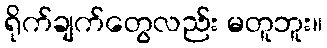
ရိုက်ချက်တွေလည်း မတူဘူး။